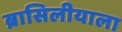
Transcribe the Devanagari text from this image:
ब्रासिलीयाला